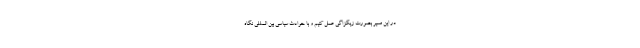
در این مسیر بصورت زیگزاگی عمل کنیم و با حوادث سیاسی بین المللی نگاه